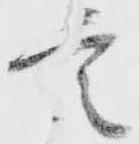
言